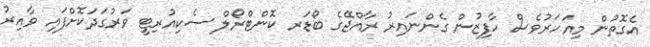
އެގޮތުން މިއަހަރުވެސް ހާފިޒުން ގެންނައިރު ރާއްޖޭގެ ބޯޑަރ ކޮންޓްރޯލް ސެކިއުރިޓީ ވަރުގަދަކޮށްފައި ވާއިރު